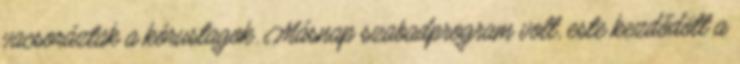
vacsoráztak a kórustagok. Másnap szabadprogram volt, este kezdődött a